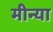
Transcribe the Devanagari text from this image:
मीन्या